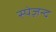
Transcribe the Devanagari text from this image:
स्पेज़न्द